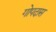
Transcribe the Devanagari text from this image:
गोपदास